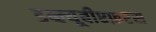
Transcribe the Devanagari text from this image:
डब्ल्यूबीएफ़एस